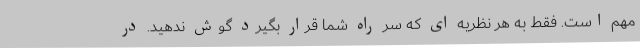
مهم است. فقط به هر نظریه ای که سر راه شما قرار بگیرد گوش ندهید. در